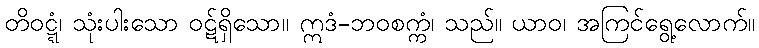
တိဝဋ္ဋံ၊ သုံးပါးသော ဝဋ်ရှိသော။ ဣဒံ-ဘဝစက္ကံ၊ သည်။ ယာဝ၊ အကြင်ရွေ့လောက်။